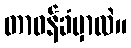
တာဝန်ခံမှာလဲ။